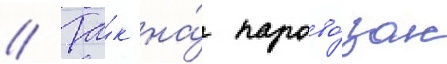
// Та́к на́ парово́зах